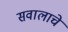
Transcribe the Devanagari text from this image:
सवालाचे